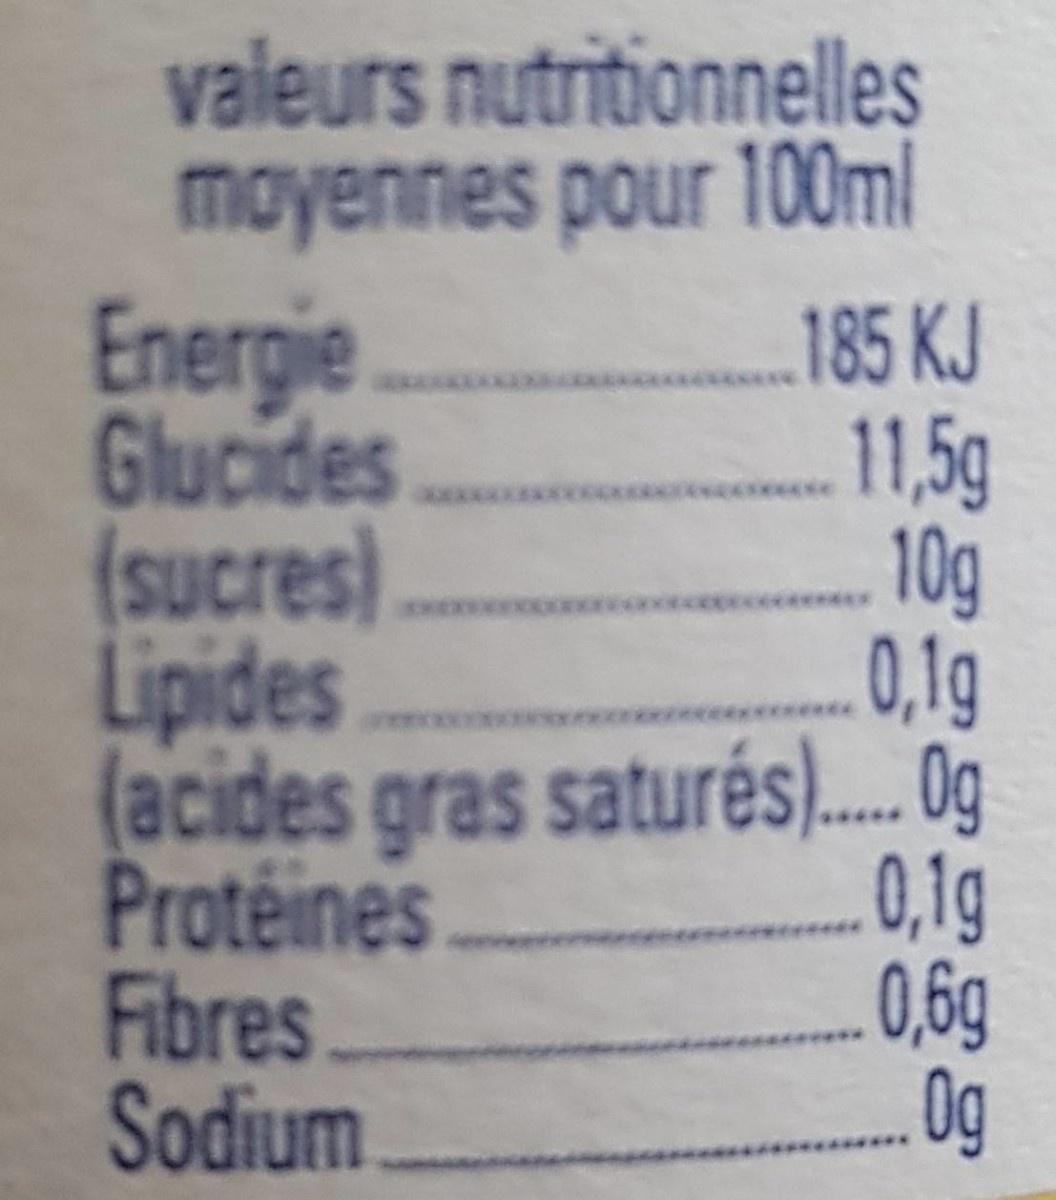
valeurs nutritionnelles moyennes pour 100ml
Energie Glucides
185 KJ 11,5g 10g
(sucres) Lipides (acides gras saturés).... Og
0,1g
Protéines
0,1g
0,6g
Og
Fibres
Sodium
****